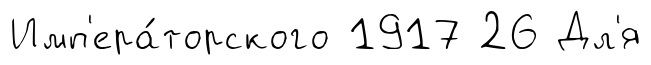
Имп'ера́торского 1917 26 Дл'я